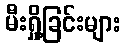
မီးရှို့ခြင်းများ